Annual report of the Bengal Veterinary College and of the Civil Veterinary Department, Bengal, for the year 1899-1900 - 1899-1900
Year: 1899
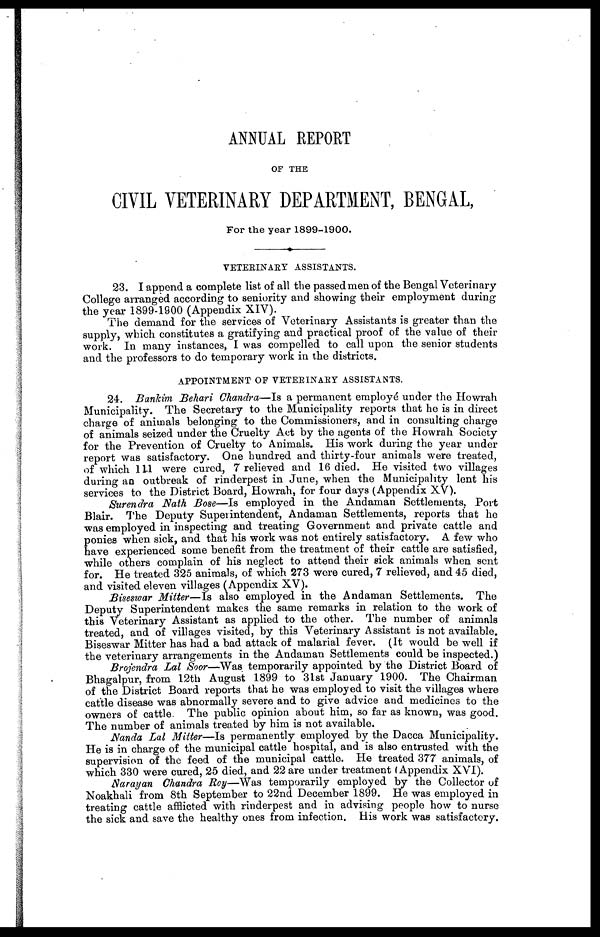
ANNUAL REPORT
OF THE
CIVIL VETERINARY DEPARTMENT, BENGAL,
For the year 1899-1900.
VETERINARY ASSISTANTS.
23. I append a complete list of all the passed men of the Bengal Veterinary
College arranged according to seniority and showing their employment during
the year 1899-1800 (Appendix XIV).
The demand for the services of Veterinary Assistants is greater than the
supply, which constitutes a gratifying and practical proof of the value of their
work. In many instances, I was compelled to call upon the senior students
and the professors to do temporary work in the districts.
APPOINTMENT OF VETERINAEY ASSISTANTS.
24. Bankim Behari Chandra—Is a permanent employé under the Howrah
Municipality. The Secretary to the Municipality reports that he is in direct
charge of animals belonging to the Commissioners, and in consulting charge
of animals seized under the Cruelty Act by the agents of the Howrah Society
for the Prevention of Cruelty to Animals. His work during the year under
report was satisfactory. One hundred and thirty-four animals were treated,
of which 111 were cured, 7 relieved and 16 died. He visited two villages
during an outbreak of rinderpest in June, when the Municipality lent his
services to the District Board, Howrah, for four days (Appendix XV).
Surendra Nath Bose—Is employed in the Andaman Settlements, Port
Blair. The Deputy Superintendent, Andaman Settlements, reports that he
was employed in inspecting and treating Government and private cattle and
ponies when sick, and that his work was not entirely satisfactory. A few who
have experienced some benefit from the treatment of their cattle are satisfied,
while others complain of his neglect to attend their sick animals when sent
for. He treated 325 animals, of which 273 were cured, 7 relieved, and 45 died,
and visited eleven villages (Appendix XV).
Biseswar Mitter—Is also employed in the Andaman Settlements. The
Deputy Superintendent makes the same remarks in relation to the work of
this Veterinary Assistant as applied to the other. The number of animals
treated, and of villages visited, by this Veterinary Assistant is not available.
Biseswar Mitter has had a bad attack of malarial fever. (It would be well if
the veterinary arrangements in the Andaman Settlements could be inspected.)
Brojendra Lal Soor—Was temporarily appointed by the District Board of
Bhagalpur, from 12th August 1899 to 31st January 1900. The Chairman
of the District Board reports that he was employed to visit the villages where
cattle disease was abnormally severe and to give advice and medicines to the
owners of cattle. The public opinion about him, so far as known, was good.
The number of animals treated by him is not available.
Nanda Lal Mitter—Is permanently employed by the Dacca Municipality.
He is in charge of the municipal cattle hospital, and is also entrusted with the
supervision of the feed of the municipal cattle. He treated 377 animals, of
which 330 were cured, 25 died, and 22 are under treatment (Appendix XVI).
Narayan Chandra Roy—Was temporarily employed by the Collector of
Noakhali from 8th September to 22nd December 1899. He was employed in
treating cattle afflicted with rinderpest and in advising people how to nurse
the sick and save the healthy ones from infection. His work was satisfactory.